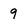
Character: 9